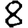
Digit: 8